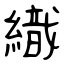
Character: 織